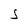
Character: S